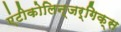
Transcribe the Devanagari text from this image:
एंटीकोलिन्जर्गिक्स